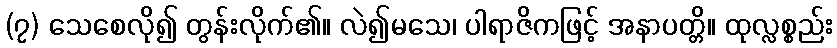
(၇) သေစေလို၍ တွန်းလိုက်၏။ လဲ၍မသေ၊ ပါရာဇိကဖြင့် အနာပတ္တိ။ ထုလ္လစ္စည်း